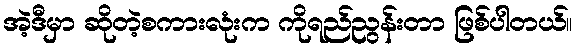
အဲ့ဒီမှာ ဆိုတဲ့စကားလုံးက ကိုရည်ညွန်းတာ ဖြစ်ပါတယ်။